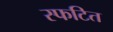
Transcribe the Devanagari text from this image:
स्फटित